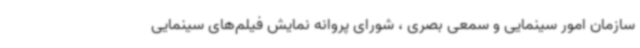
سازمان امور سینمایی و سمعی بصری ، شورای پروانه نمایش فیلم‌های سینمایی